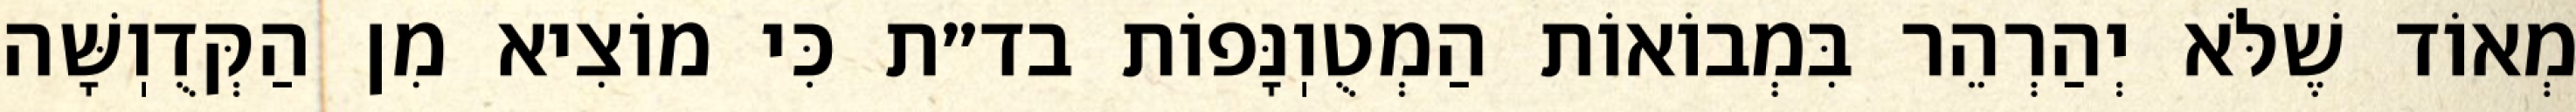
מְאוֹד שֶׁלֹּא יְהַרְהֵר בִּמְבוֹאוֹת הַמְטֻוֽנָּפוֹת בד״ת כִּי מוֹצִיא מִן הַקְּדֻוֽשָּׁה